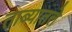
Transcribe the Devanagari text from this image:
ताब्यातले